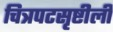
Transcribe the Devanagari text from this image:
चित्रपटसृष्टीली